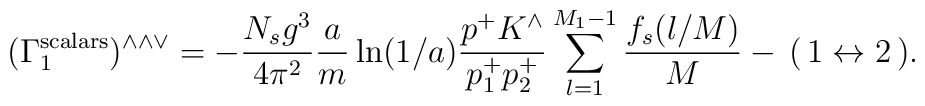
(\Gamma_1^{\rm scalars})^{\wedge \wedge \vee}=-\frac{N_s g^3}{4\pi^2}\frac{a}{m} \ln(1/a) \frac{p^+K^\wedge}{p^+_1p^+_2}\sum_{l=1}^{M_1-1}\frac{f_s(l/M)}{M}-\,(\,1 \leftrightarrow 2\,).